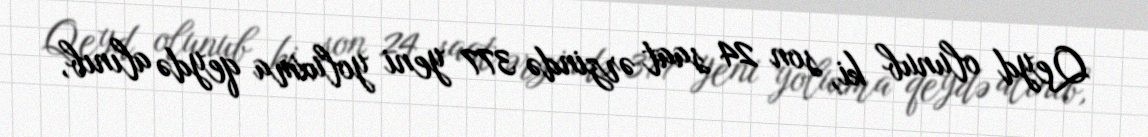
Qeyd olunub ki, son 24 saat ərzində 377 yeni yoluxma qeydə alınıb,